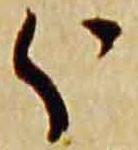
分